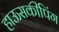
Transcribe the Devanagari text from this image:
हाऊसकीपिंग